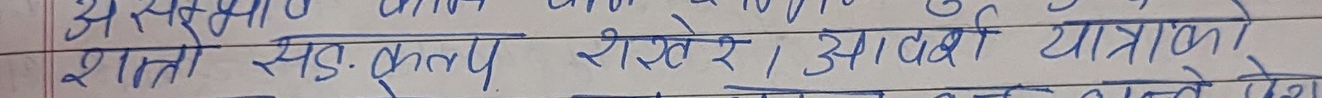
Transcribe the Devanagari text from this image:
शास्त्रो स्ड. फुलप रिसर्च, आदर्शि यात्रीको